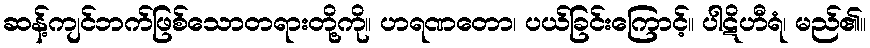
ဆန့်ကျင်ဘက်ဖြစ်သောတရားတို့ကို။ ဟရဏတော၊ ပယ်ခြင်းကြောင့်။ ပါဋိဟီရံ၊ မည်၏။